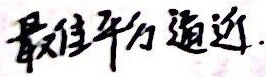
最佳平方逼近